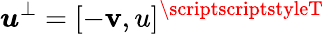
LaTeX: \boldsymbol{u}^{\perp}=[-\mathbf{v},u]^{\scriptscriptstyleT}